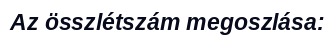
Az összlétszám megoszlása: